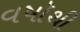
વષૉથી